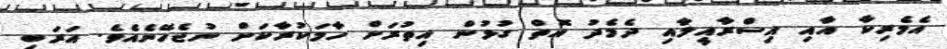
އެމެރިކާ އާއި އިސްރާއީލާއި ދެމެދު އޮތް ގުޅުން އިތުރަށް ހާމަކުރާކަށް ނުޖެހޭނެއެވެ. އަރަބި